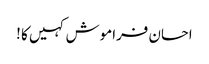
احسان فراموش کہیں کا !